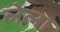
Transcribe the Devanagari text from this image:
लेला